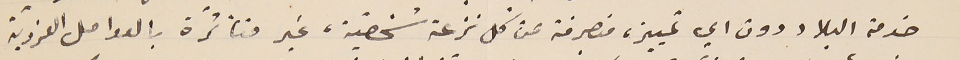
خدمة البلاد دون اي تمييز، منصرفة عن كل نزعة شخصية، غير متأثرة بالعوامل الفرديّة